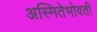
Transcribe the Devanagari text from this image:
अस्मितेभोवती